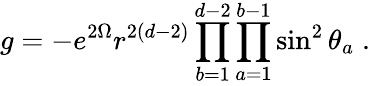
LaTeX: g=-e^{2\Omega}r^{2(d-2)}\prod_{b=1}^{d-2}\prod_{a=1}^{b-1}\sin^{2}\theta_{a}\; .